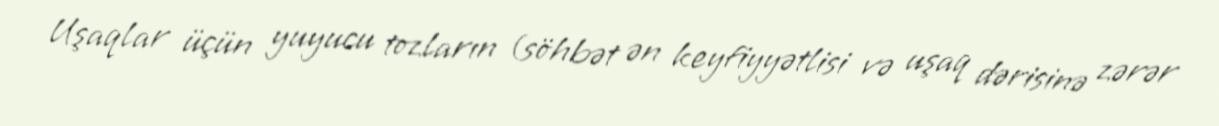
Uşaqlar üçün yuyucu tozların (söhbət ən keyfiyyətlisi və uşaq dərisinə zərər